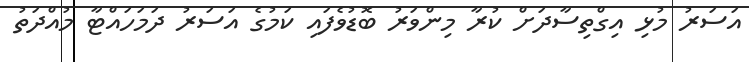
އަސަރު މުޅި އިގްތިސާދަށް ކުރާ މިންވަރު ބޮޑުވެފައި ކަމުގެ އަސަރު ދަމަހައްޓާ މުއްދަތު